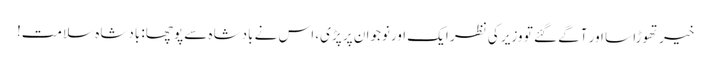
خیر تھوڑا سا اور آگے گئے تو وزیر کی نظر ایک اورنوجوان پر پڑی، اس نے بادشاہ سے پوچھا: بادشاہ سلامت!